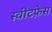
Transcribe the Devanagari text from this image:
स्वीटफ़ेस